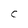
Character: C